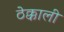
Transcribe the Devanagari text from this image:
ठेक्काली